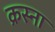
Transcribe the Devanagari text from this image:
क्रस्ना